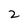
Character: 2